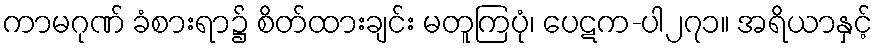
ကာမဂုဏ် ခံစားရာ၌ စိတ်ထားချင်း မတူကြပုံ၊ ပေဋက-ပါ၂၇၁။ အရိယာနှင့်